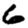
Digit: 6